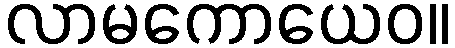
လာမကောယေဝ။